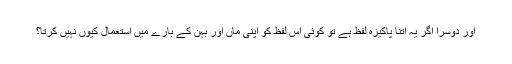
اور دوسرا اگر یہ اتنا پاکیزہ لفظ ہے تو کوئی اس لفظ کو اپنی ماں اور بہن کے بارے میں استعمال کیوں نہیں کرتا؟